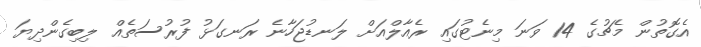
އެގޮތުން މެޗުގެ 14 ވަނަ މިނެޓުގައި ރެއާލްއަށް ލަނޑުޖަހާނެ ރަނގަޅު ފުރުސަތެއް ލިބިގެންދިޔަ